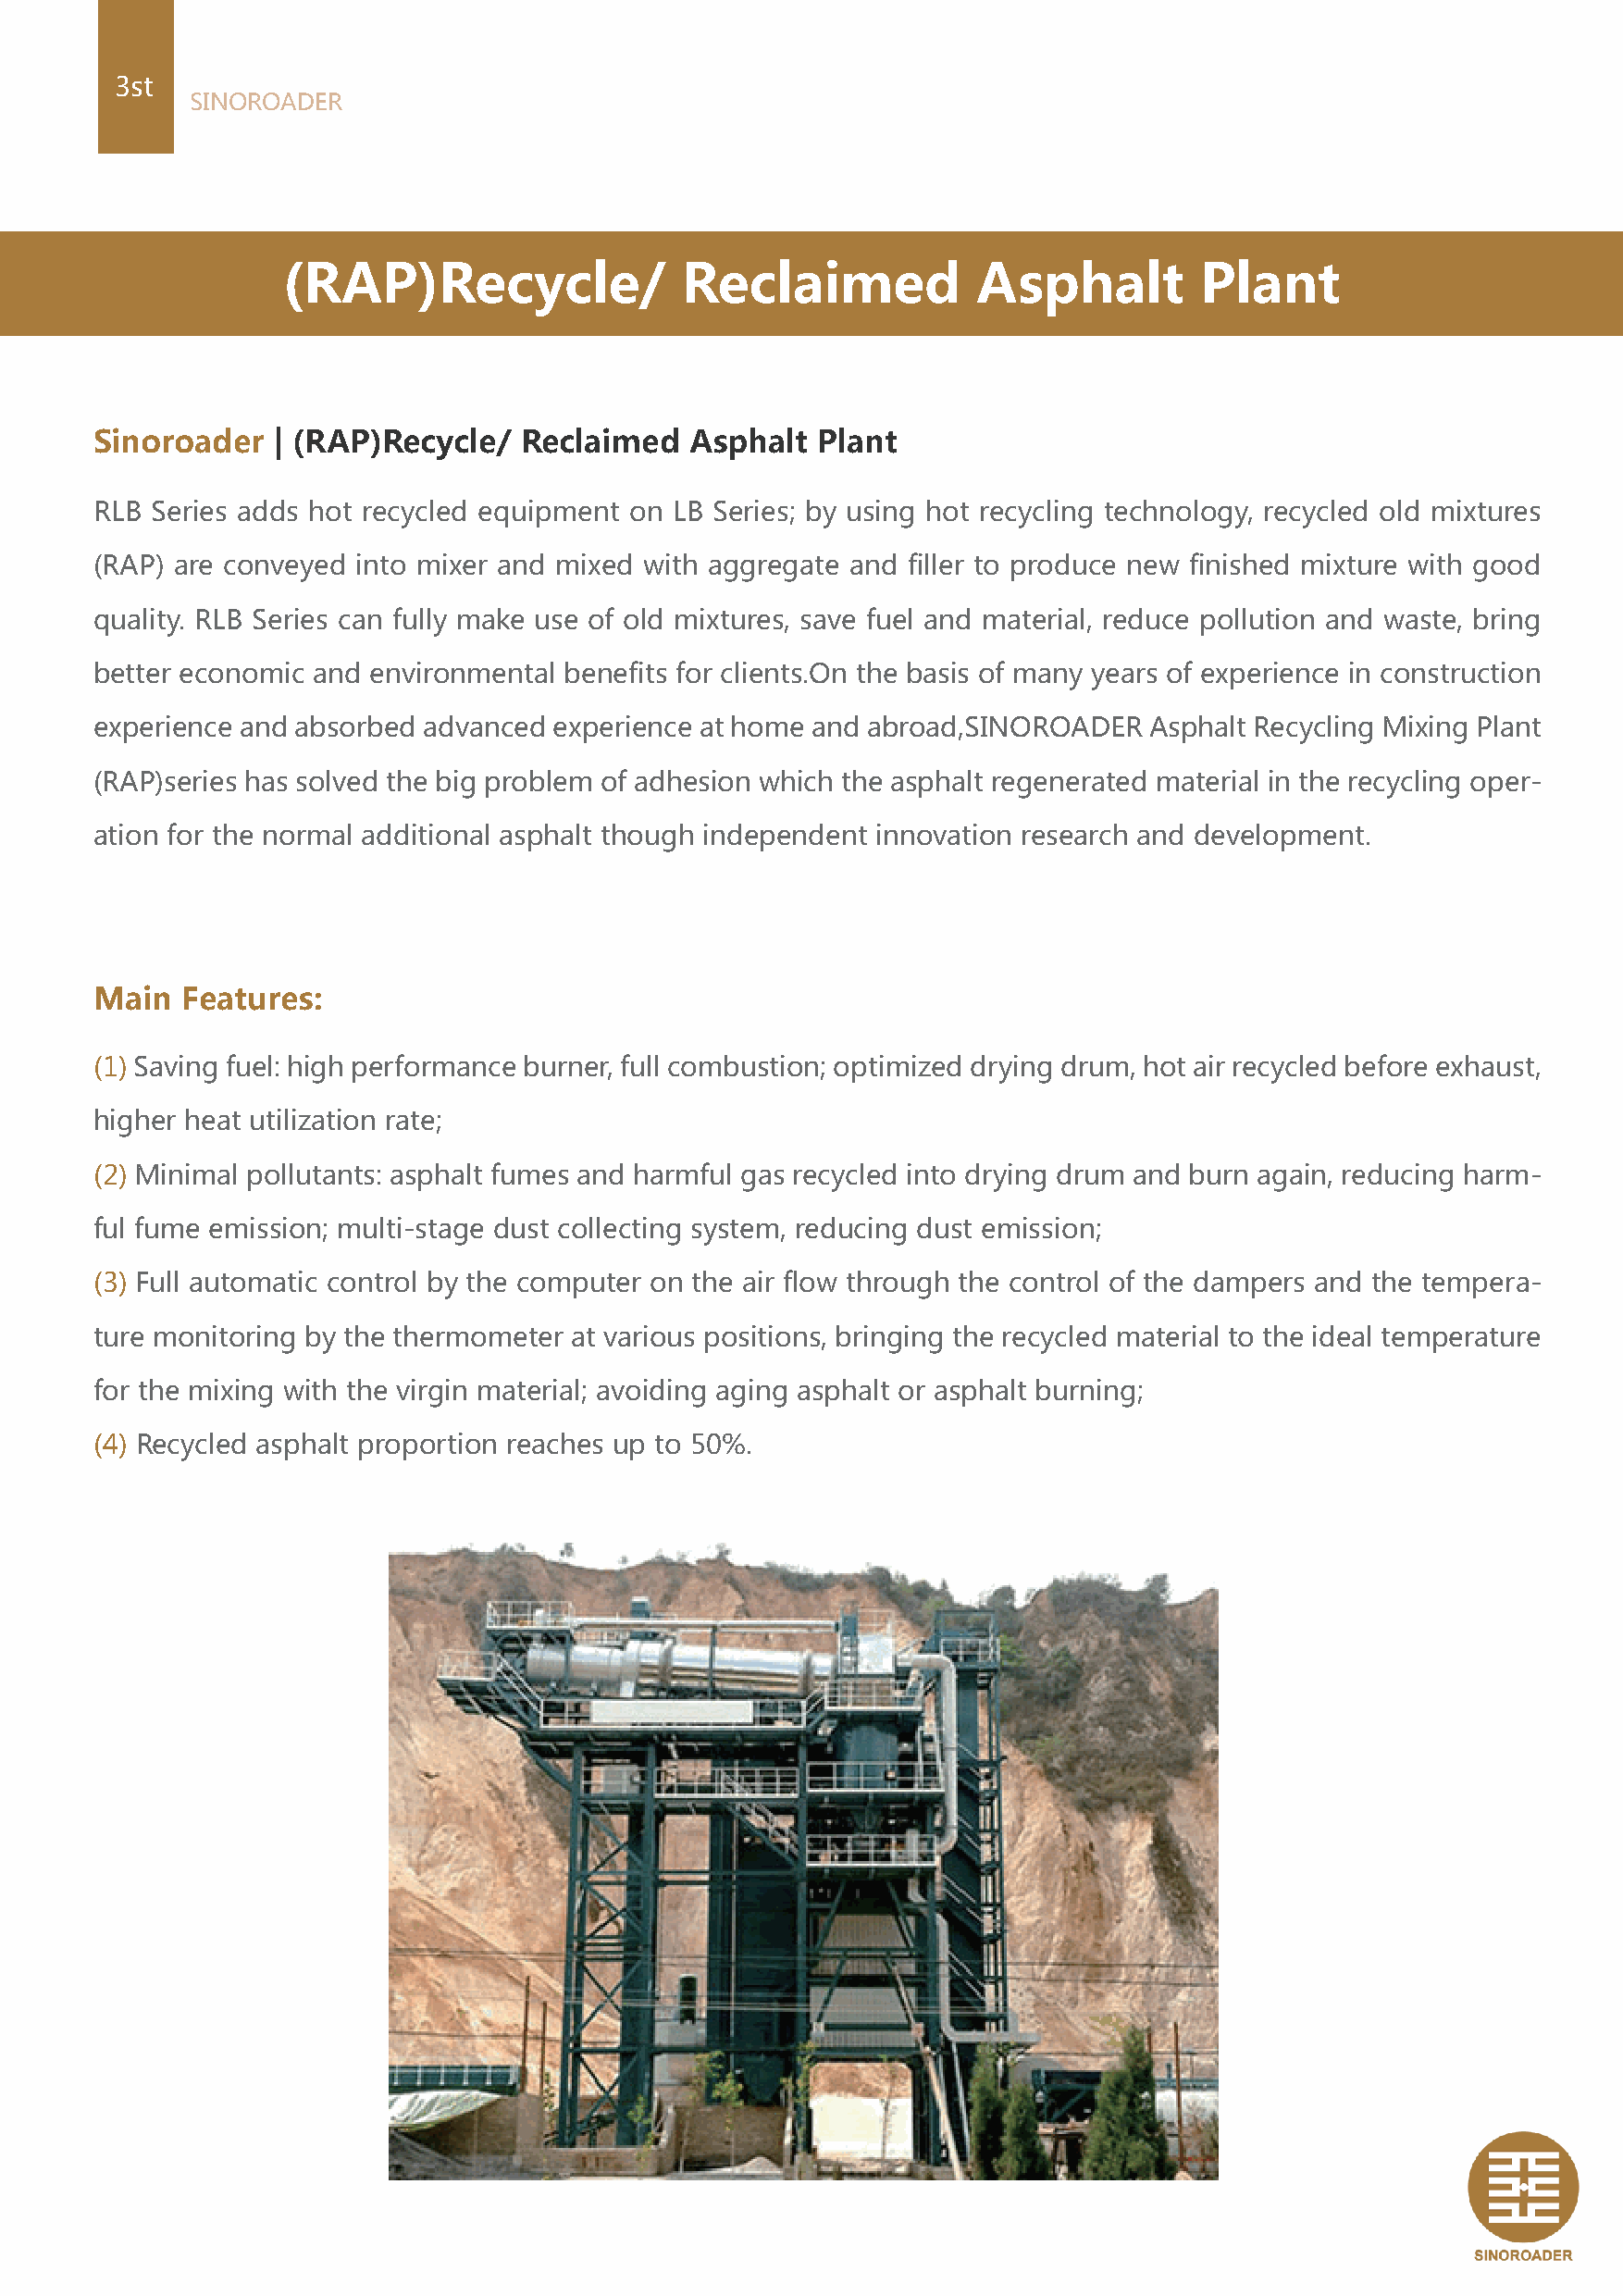
3st
 SINOROADER
 (RAP)Recycle/                Reclaimed            Asphalt         Plant
 Sinoroader   | (RAP)Recycle/  Reclaimed   Asphalt  Plant
 RLB Series adds hot recycled equipment on LB Series; by using hot recycling technology, recycled old mixtures
 (RAP) are conveyed into mixer and mixed with aggregate and filler to produce new finished mixture with good
 quality. RLB Series can fully make use of old mixtures, save fuel and material, reduce pollution and waste, bring
 better economic and environmental benefits for clients.On the basis of many years of experience in construction
 experience and absorbed advanced experience at home and abroad,SINOROADER  Asphalt Recycling Mixing Plant
 (RAP)series has solved the big problem of adhesion which the asphalt regenerated material in the recycling oper-
 ation for the normal additional asphalt though independent innovation research and development.
 Main  Features:
 (1) Saving fuel: high performance burner, full combustion; optimized drying drum, hot air recycled before exhaust,
 higher heat utilization rate;
 (2) Minimal pollutants: asphalt fumes and harmful gas recycled into drying drum and burn again, reducing harm-
 ful fume emission; multi-stage dust collecting system, reducing dust emission;
 (3) Full automatic control by the computer on the air flow through the control of the dampers and the tempera-
 ture monitoring by the thermometer at various positions, bringing the recycled material to the ideal temperature
 for the mixing with the virgin material; avoiding aging asphalt or asphalt burning;
 (4) Recycled asphalt proportion reaches up to 50%.